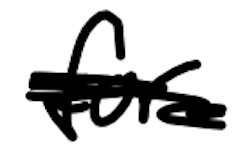
Text: for
Cross-out: mix
Writing tool: digital_black